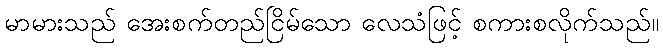
မာမားသည် အေးစက်တည်ငြိမ်သော လေသံဖြင့် စကားစလိုက်သည်။